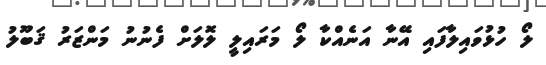
ލޯ ހުޅުވައިލާފައި އޭނާ އަނެއްކާ ލޯ މަރައިލީ ލޮލަށް ފެނުނު މަންޒަރު ޤަބޫލު